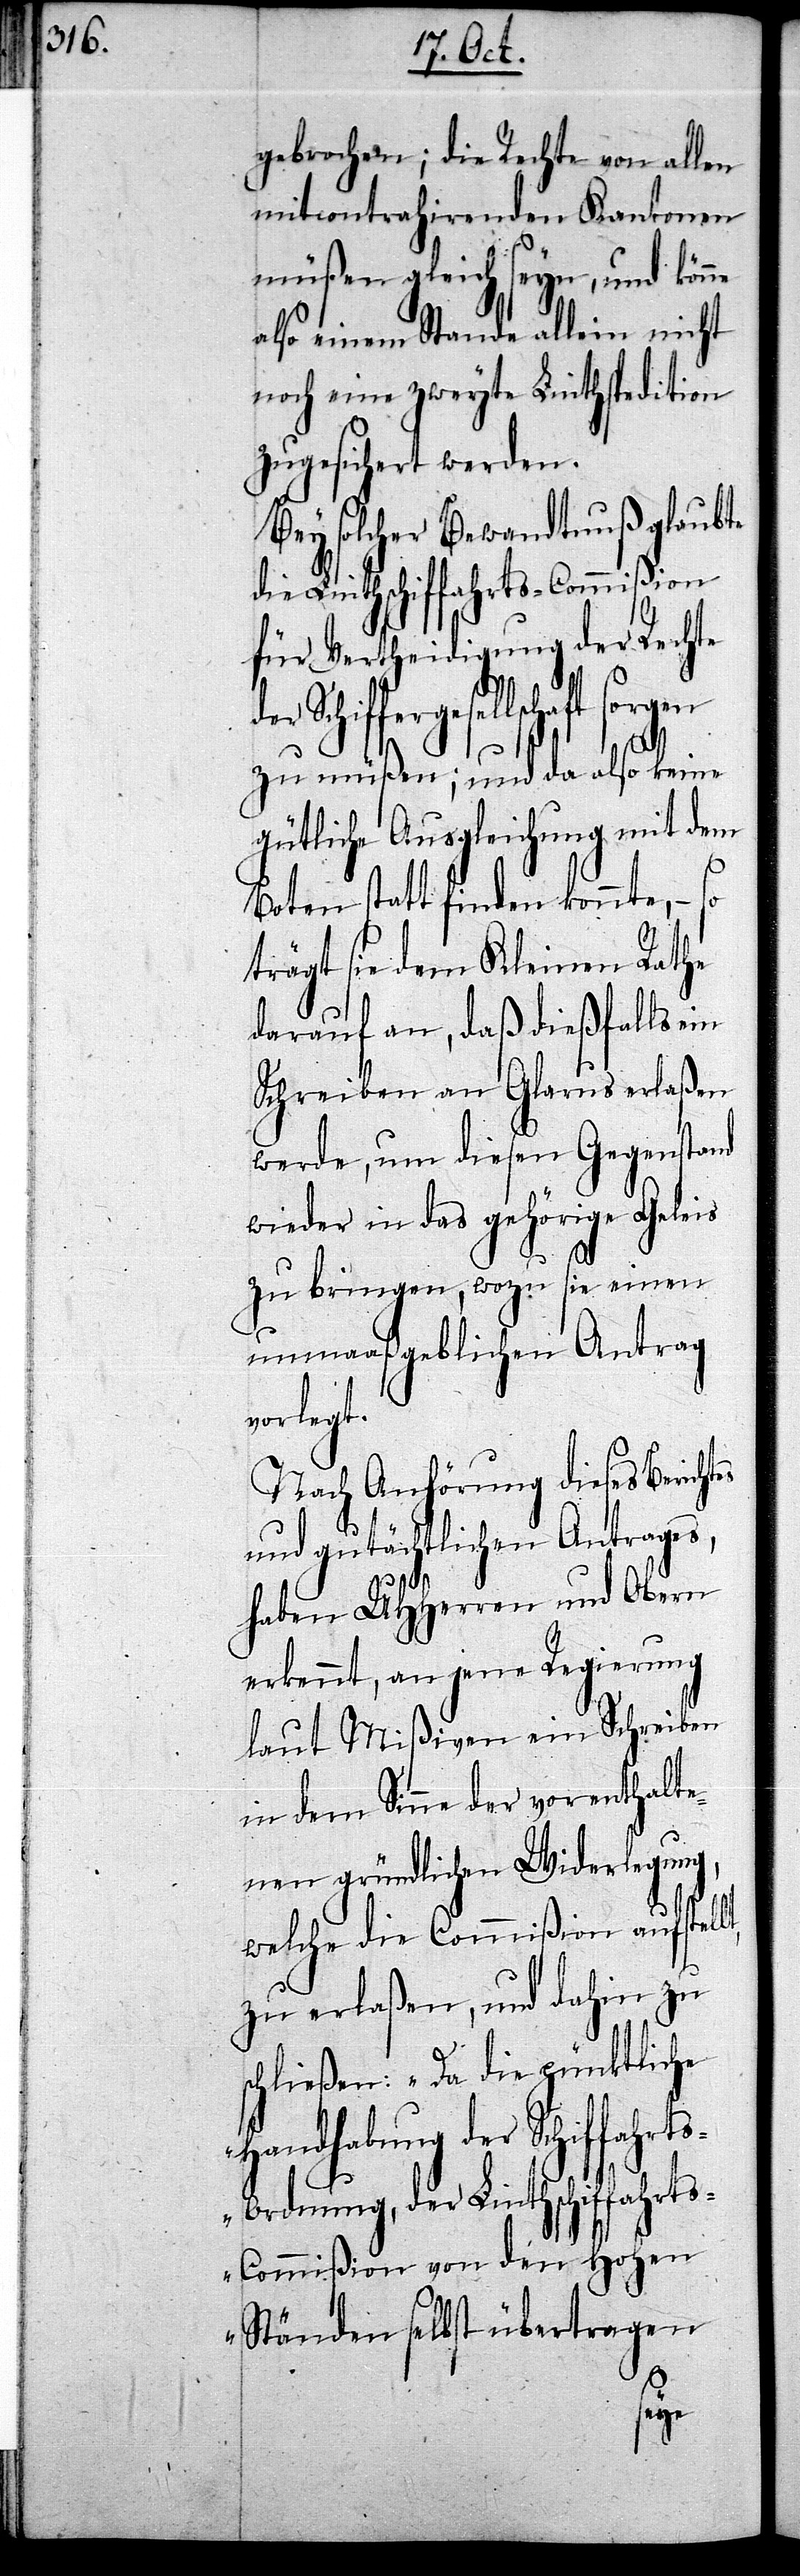
gebrochen; die Rechte von allen
mitcontrahirenden Kantonen
müßen gleich seyn, und könne
also einem Stande allein nicht
noch eine zweyte Linthspedition
zugesichert werden.
Bey solcher Bewandtnuß glaubte
die Linthschiffahrts-Commißion
für Vertheidigung der Rechte
zu müßen; und da also keine
gütliche Ausgleichung mit dem
Boten statt finden konnte, –
trägt sie dem Kleinen Rathe
darauf an, daß dießfalls
Schreiben an Glarus erlaßen
werde, um diesen Gegenstand
wieder in das gehörige Geleis
zu bringen, wozu sie einen
unmaaßgeblichen Antrag
vorlegt.
Nach Anhörung dieses Bericht¬
und gutächtlichen Antrages,
haben UHHerren und Obern
erkennt, an jene Regierung
laut Mißiven ein Schreiben
in dem Sinne der vorenthalte¬
nen gründlichen Widerlegung,
welche die Commißion aufstell¬
zu erlaßen, und dahin zu
schließen: „Da die pünktliche
Handhabung der Schif¬
s-Ordnung, der Linthschiffahrt¬
s-Commißion von den Hohen
Ständen selbst übertragen
fahrt¬